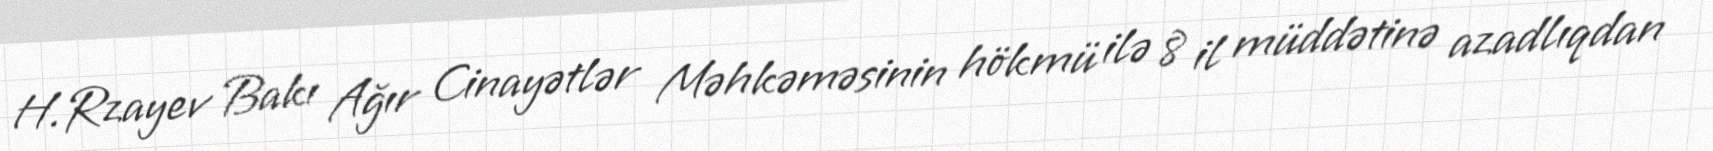
H.Rzayev Bakı Ağır Cinayətlər Məhkəməsinin hökmü ilə 8 il müddətinə azadlıqdan